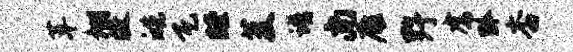
革棚敝皓瓦瞠芟谱尚雁野虎黔杏